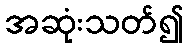
အဆုံးသတ်၍